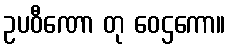
ဥပဝီဏော တု ဝေဌကော။